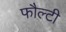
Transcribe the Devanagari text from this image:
फौल्टी